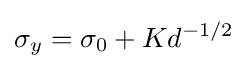
\sigma _{y}=\sigma _{0}+Kd^{-1/2}